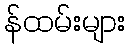
န်ထမ်းများ